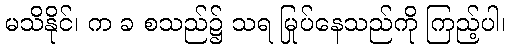
မသိနိုင်၊ က ခ စသည်၌ သရ မြုပ်နေသည်ကို ကြည့်ပါ၊